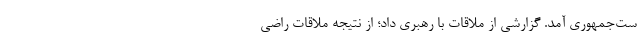
ست‌جمهوری آمد. گزارشی از ملاقات با رهبری داد؛ از نتیجه ملاقات راضی